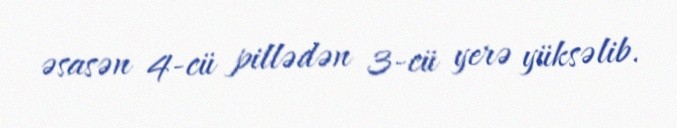
əsasən 4-cü pillədən 3-cü yerə yüksəlib.